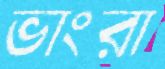
ভাংরা